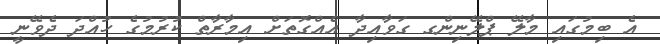
އެ ބިމުގައި މާލޭ ޕްލޭނިންގ ގަވާއިދާ އެއްގޮތަށް އިމާރާތް ކުރުމުގެ ހުއްދަ ދެވޭނީ